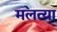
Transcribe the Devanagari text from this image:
मलत्या